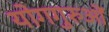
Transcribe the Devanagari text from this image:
योगगुरुओं